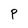
Character: P